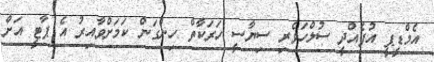
އެމްޑީޕީ އުފެއްދީ ސުލްހަވެރި ސިޔާސީ ހަރަކާތް ހިންގަން ކަމަށްވާއިރު އެ ޕާޓީ އަށް